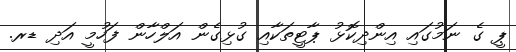
ޕީ ގެ ނަމުގައި އިންދިކޮޅު ޕާޓީތަކާއި ގުޅިގެން އަލްހާން ފަހުމީ އަދި ޑރ.